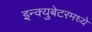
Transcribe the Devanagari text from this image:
इन्क्युबेटरमध्ये